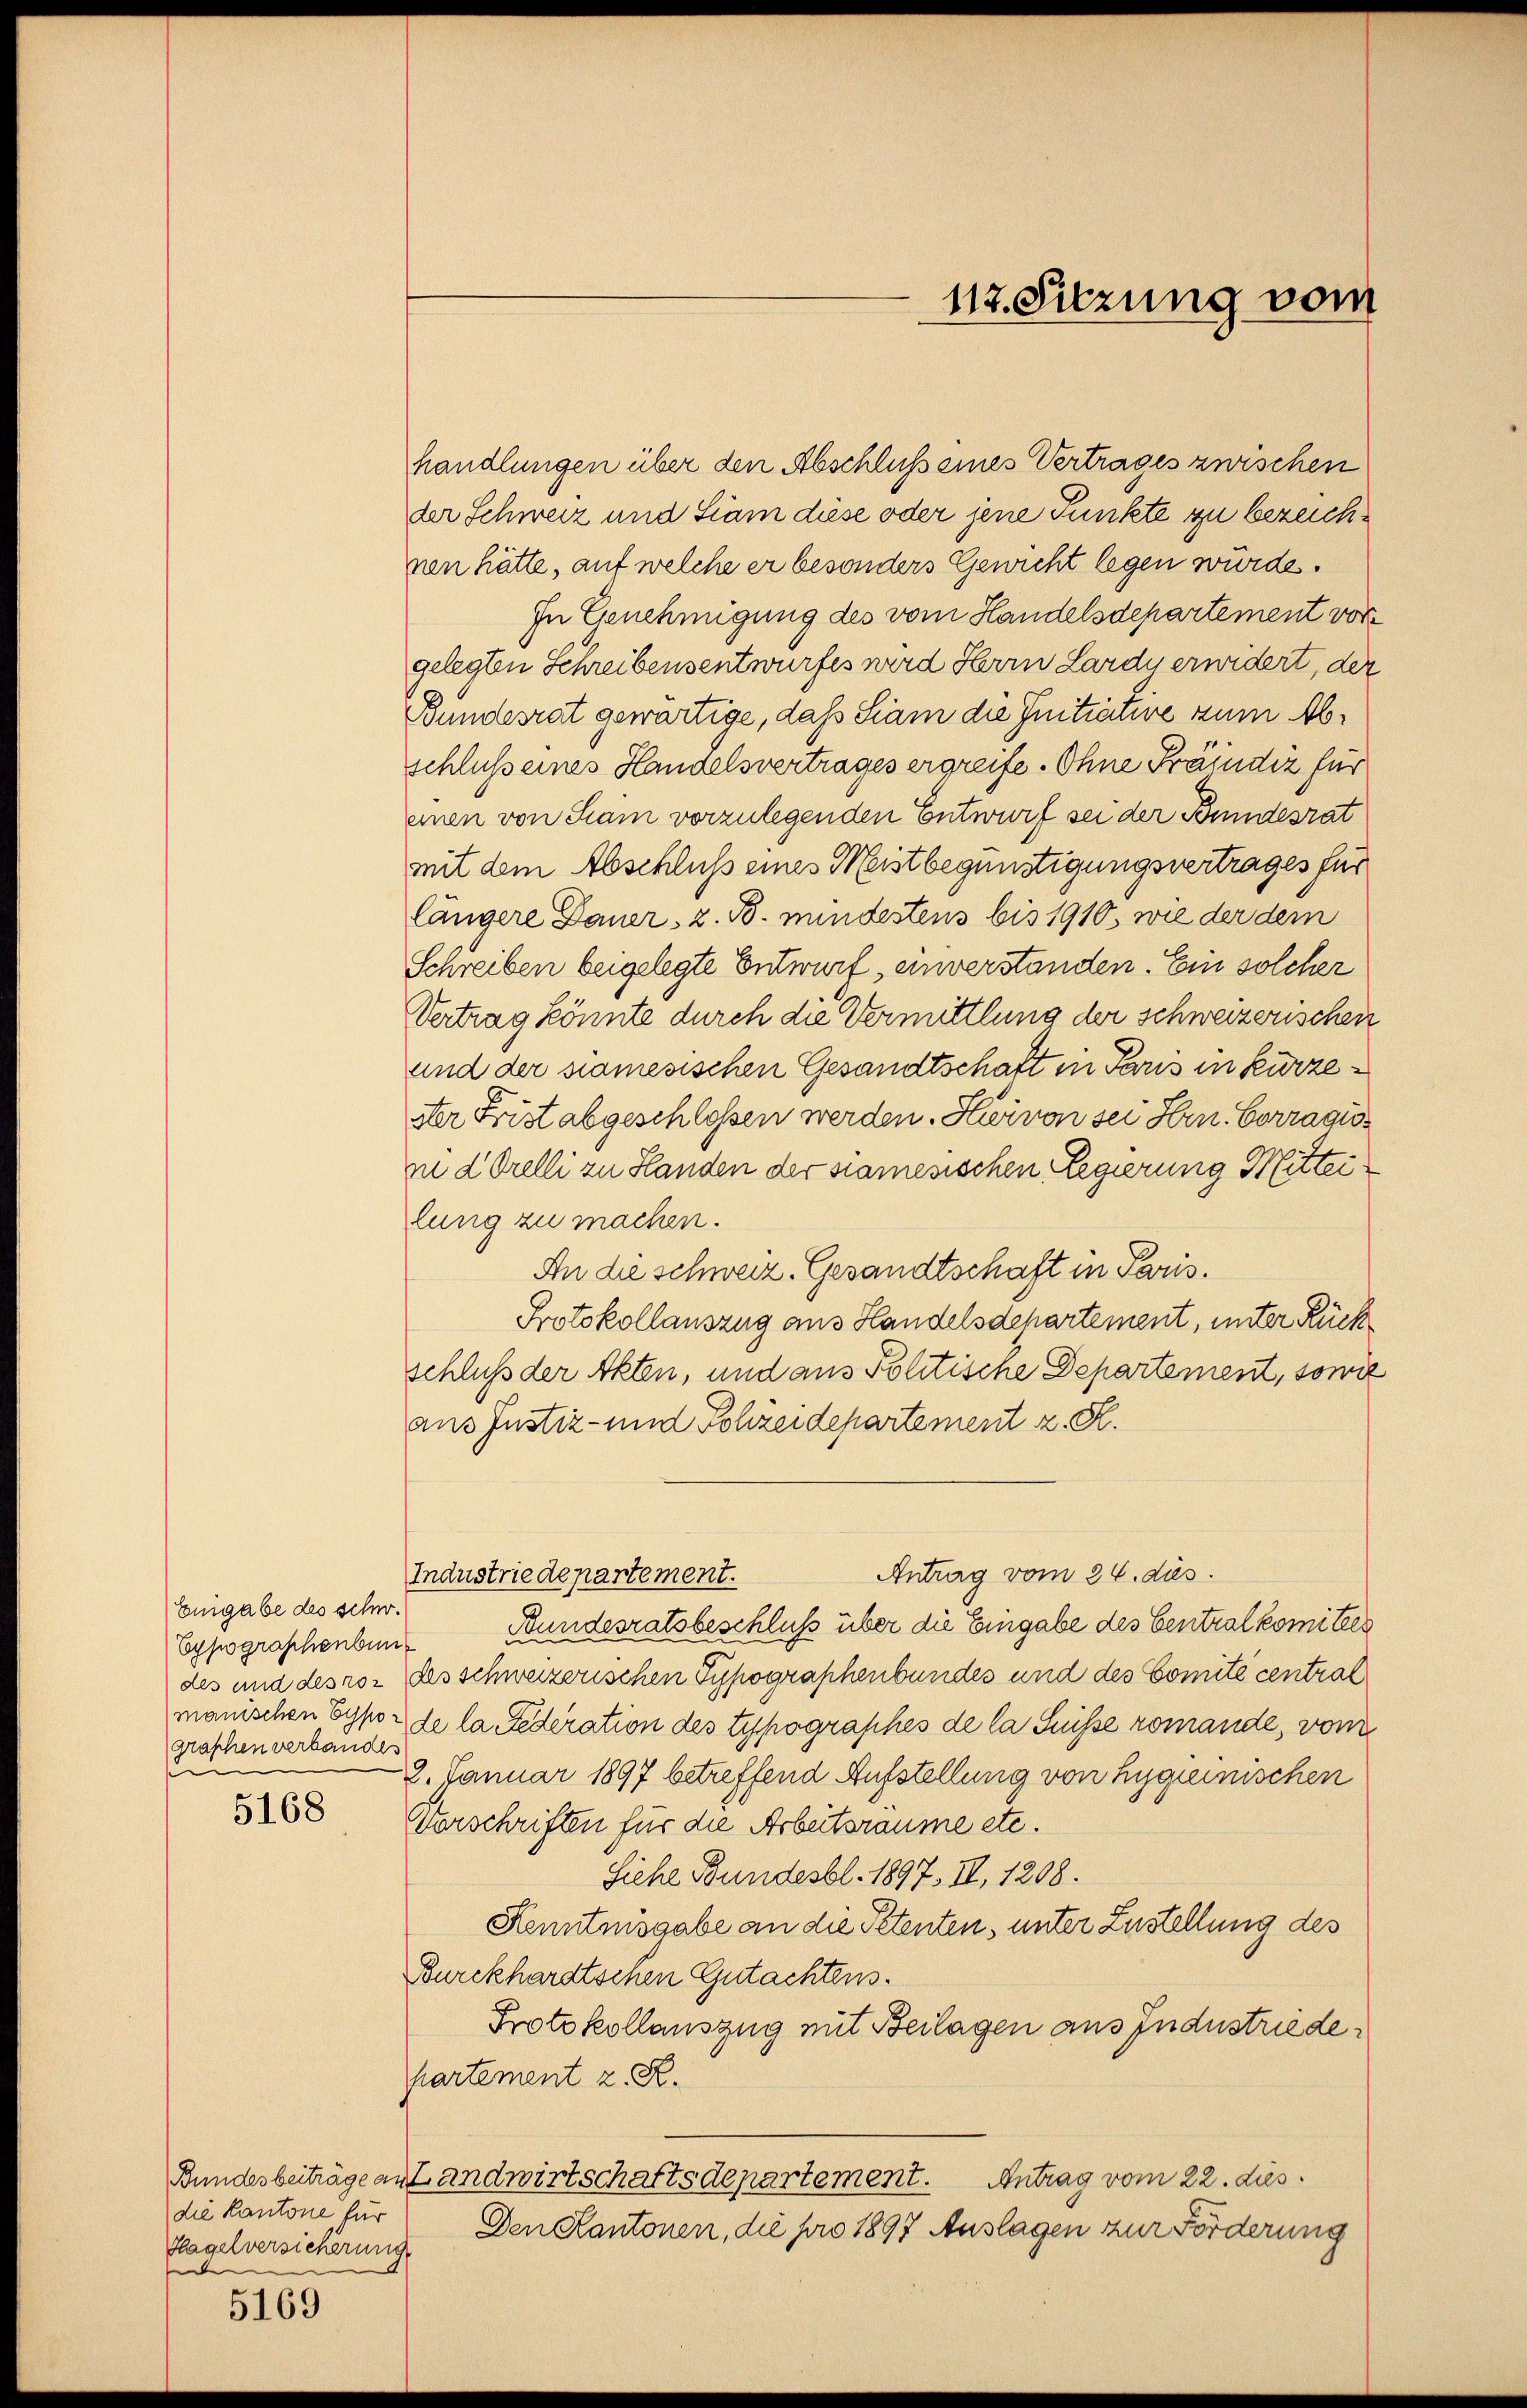
Eingabe des schw.
Eypographenbun
des und des soz
manischen Gypo-
graphen verbandes
n

5168

die Kantone für
Hagelversicherung
e

5169

handlungen über den Abschluß eines Vertrages zwischen
der Schweiz und Siam diese oder jene Punkte zu bezeichnen hätte, auf welche er besonders Gewicht legen würde.
In Genehmigung des vom Handelsdepartement vor
gelegten Schreibensentwurfes wird Herrn Lardy erwidert, der
Bundesrat gewärtige, daß Siam die Initiative zum Abschluß eines Handelsvertrages ergreife. Ohne Fräjudiz für
einen von Stam vorzulegenden Entwurf sei der Bundesrat
mit dem Abschluß eines Meistbegünstigungsvertrages für
längere Dauer, z. B. mindestens bis 1910, wie der dem
Schreiben beigelegte Entwurf, einverstanden. Ein solcher
Vertrag könnte durch die Vermittlung der schweizerischen
und der siamesischen Gesandtschaft in Paris in kurzedter Frist abgeschlossen werden. Hiervon sei Hrn. Corragioin Orelli zu Handen der stamesischen Regierung Mitteilung zu machen.
An die schweiz. Gesandtschaft in Paris.
Protokollauszug aus Handelsdepartement, unter Rück
schluß der Akten, und aus Politische Departement, sowie
aus Justiz- und Sohzeidepartement z. R.
Antrag vom 24. dies
Industriedepartement.
Bundesratsbeschluß über die Eingabe des Centralkomitees
das schweizerischen Typographenbundes und des Comité central
de la federation des Typographes de la Grüsse romande, vom
2. Januar 1897 betreffend Aufstellung von Hygienischen
Vorschriften für die Arbeitsraume etc.
Siehe Bundesbl. 1897, II, 1208.
Kenntnisgabe an die Petenten, unter Zustellung des
Burckhardtschen Gutachtens.
Protokollauszug mit Beilagen aus Industriede
hartement z. R.
Bundesbeiträge an Landwirtschaftsdepartement. Antrag vom 22. dies
Den Kantonen, die pro 1897 Auslagen zur Forderung

112. Sitzung vom